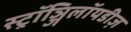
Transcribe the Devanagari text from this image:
स्ट्रॉञ्जिलॉयडीज़